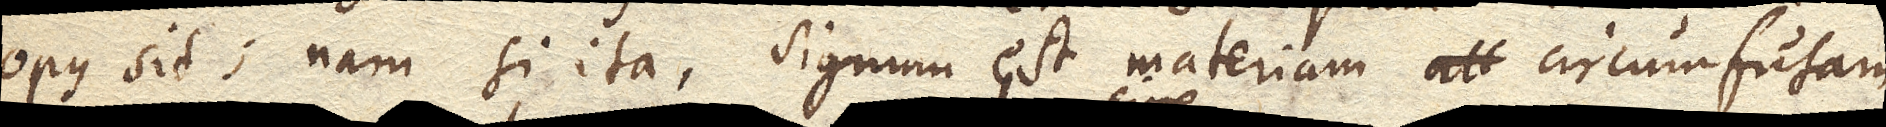
opus sit; nam si ita, signum est materiam circumfusam